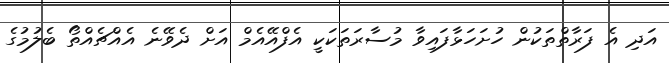
އަދި އެ ފަރާތްތަކުން ހުށަހަޅާފައިވާ މުސާރަތަކަކީ އެފްއޭއެމް އަށް ދެވޭނެ އެއްޗެއްތޯ ބެލުމުގެ